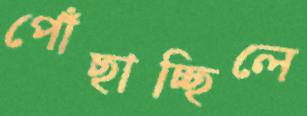
পোঁছাচ্ছিলে